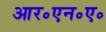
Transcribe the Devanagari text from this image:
आर॰एन॰ए॰